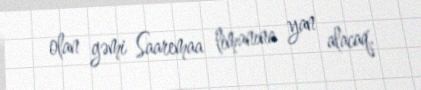
olan gəmi Saaremaa limanına yan alacaq.